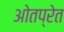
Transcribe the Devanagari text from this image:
ओतप्रेत